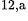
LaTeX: ^\textrm{\scriptsize 12,a}